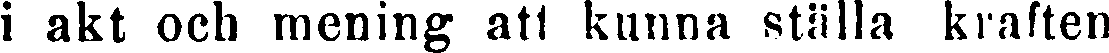
i akt och mening att kunna ställa kraften